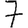
Digit: 7